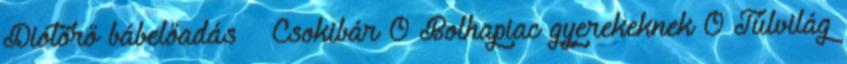
Diótörő bábelőadás – Csokibár 0 Bolhapiac gyerekeknek 0 Túlvilág